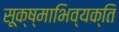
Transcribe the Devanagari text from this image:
सूक्ष्माभिव्यक्ति